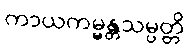
ကာယကမ္မန္တသမ္ပတ္တိ